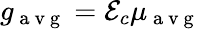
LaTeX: g_{\mathrm{~a~v~g~}}=\mathcal{E}_{c}\mu_{\mathrm{~a~v~g~}}